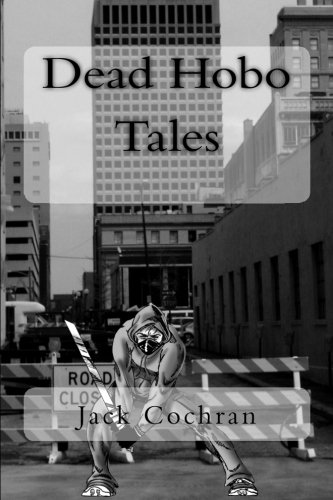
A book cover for Dead Hobo Tales (The Lifting of the Veil) (Volume 2); Jack Cochran; Science Fiction & Fantasy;